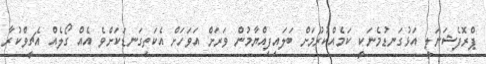
ޕްރޮފެޝަނަލީ އަޅުގަނޑުމެނަކީ ކަމެއްކުރުމަށް ބަލައިފިއްޔާމުން ވަރަށް އަވަހަށް އެކަތިގަނޑަކަށްވެ އެއް ގޯލެއް އެޗީވްކުރާ